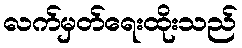
လက်မှတ်ရေးထိုးသည်